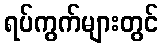
ရပ်ကွက်များတွင်